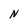
Character: N